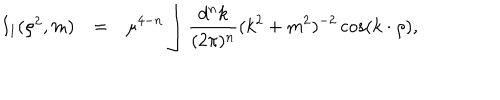
LaTeX: \begin{array} { r c l } { { I _ { 1 } ( \rho ^ { 2 } , m ) } } & { { = } } & { { \displaystyle \mu ^ { 4 - n } \int \frac { d ^ { n } k } { ( 2 \pi ) ^ { n } } ( k ^ { 2 } + m ^ { 2 } ) ^ { - 2 } \cos ( k \cdot \rho ) , } } \\ \end{array}